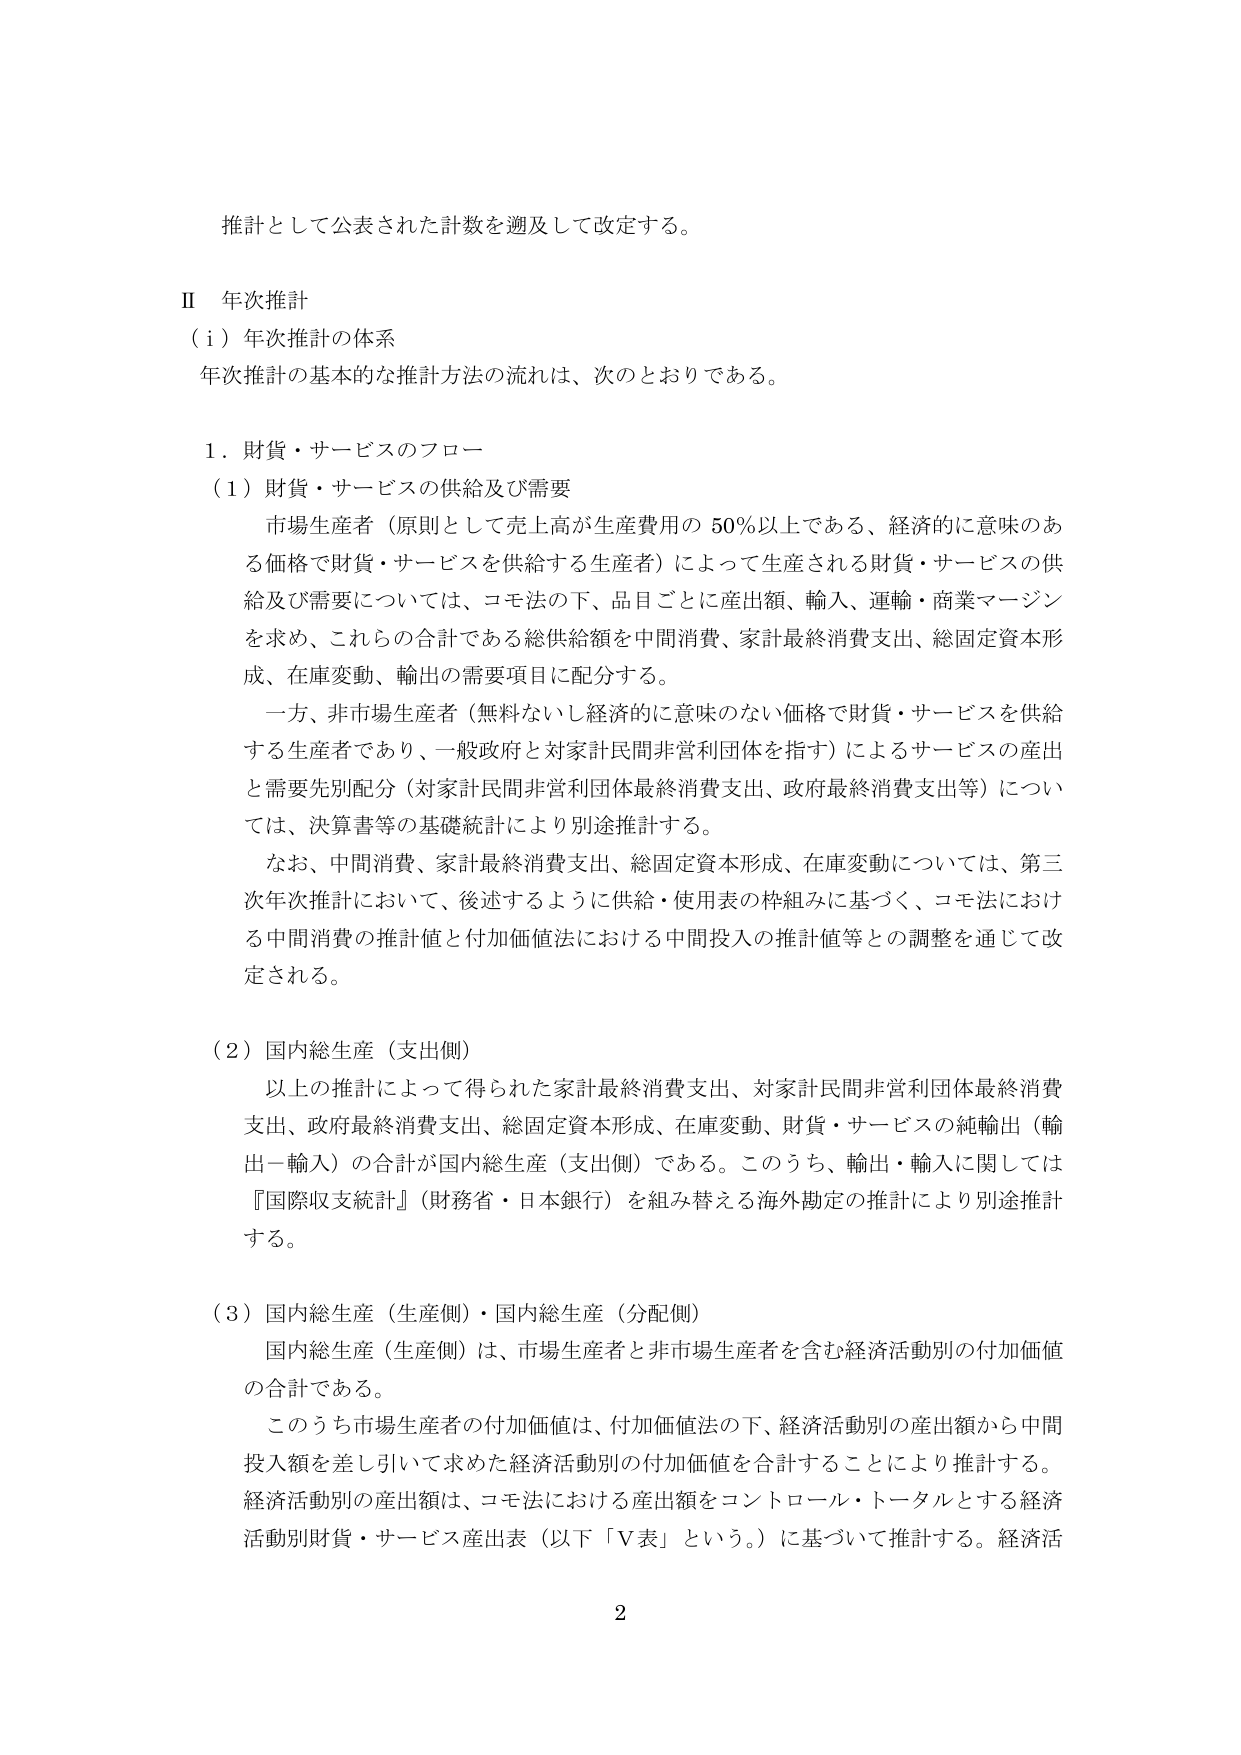
推計として公表された計数を遡及して改定する。

Ⅱ 年次推計
（ｉ）年次推計の体系
年次推計の基本的な推計方法の流れは、次のとおりである。

１．財貨・サービスのフロー
（１）財貨・サービスの供給及び需要
　市場生産者（原則として売上高が生産費用の 50％以上である、経済的に意味のある価格で財貨・サービスを供給する生産者）によって生産される財貨・サービスの供給及び需要については、コモ法の下、品目ごとに産出額、輸入、運輸・商業マージンを求め、これらの合計である総供給額を中間消費、家計最終消費支出、総固定資本形成、在庫変動、輸出の需要項目に配分する。
　一方、非市場生産者（無料ないし経済的に意味のない価格で財貨・サービスを供給する生産者であり、一般政府と対家計民間非営利団体を指す）によるサービスの産出と需要先別配分（対家計民間非営利団体最終消費支出、政府最終消費支出等）については、決算書等の基礎統計により別途推計する。
　なお、中間消費、家計最終消費支出、総固定資本形成、在庫変動については、第三次年次推計において、後述するように供給・使用表の枠組みに基づく、コモ法における中間消費の推計値と付加価値法における中間投入の推計値等との調整を通じて改定される。

（２）国内総生産（支出側）
　以上の推計によって得られた家計最終消費支出、対家計民間非営利団体最終消費支出、政府最終消費支出、総固定資本形成、在庫変動、財貨・サービスの純輸出（輸出－輸入）の合計が国内総生産（支出側）である。このうち、輸出・輸入に関しては『国際収支統計』（財務省・日本銀行）を組み替える海外勘定の推計により別途推計する。

（３）国内総生産（生産側）・国内総生産（分配側）
　国内総生産（生産側）は、市場生産者と非市場生産者を含む経済活動別の付加価値の合計である。
　このうち市場生産者の付加価値は、付加価値法の下、経済活動別の産出額から中間投入額を差し引いて求めた経済活動別の付加価値を合計することにより推計する。経済活動別の産出額は、コモ法における産出額をコントロール・トータルとする経済活動別財貨・サービス産出表（以下「Ｖ表」という。）に基づいて推計する。経済活

2